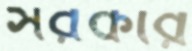
সরকার